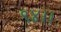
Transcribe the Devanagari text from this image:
९४।।